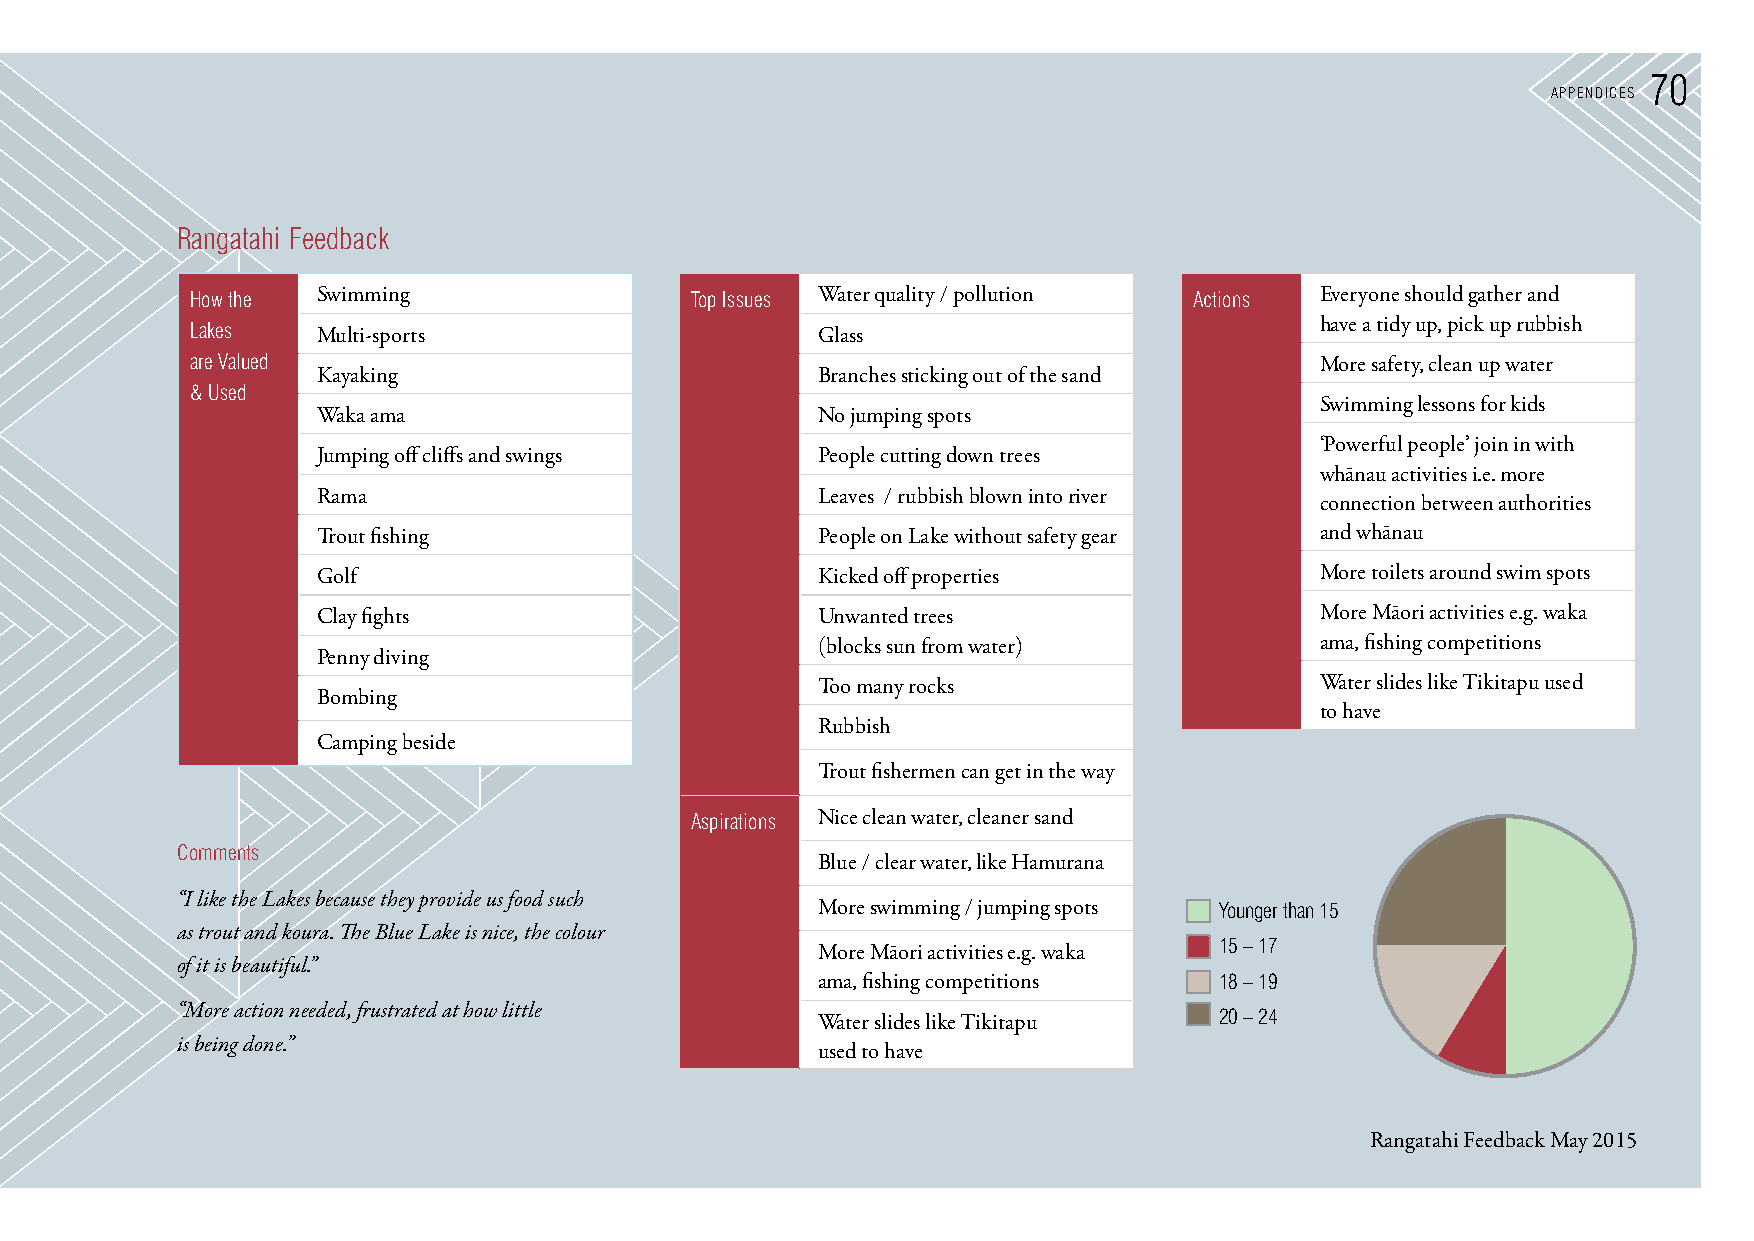
70
 AppendIces
 Rangatahi Feedback
 How the Swimming                 Top Issues Water quality / pollution Actions Everyone should gather and
 have a tidy up, pick up rubbish
 Lakes   Multi-sports                     Glass
 are Valued                                                                More safety, clean up water
 Kayaking                         Branches sticking out of the sand
 & Used
 Swimming lessons for kids
 Waka ama                         No jumping spots
 ‘Powerful people’ join in with
 Jumping off cliffs and swings    People cutting down trees
 whānau activities i.e. more
 Rama                             Leaves / rubbish blown into river
 connection between authorities
 Trout fishing                    People on Lake without safety gear and whānau
 Golf                             Kicked off properties            More toilets around swim spots
 Clay fights                      Unwanted trees                   More Māori activities e.g. waka
 (blocks sun from water)          ama, fishing competitions
 Penny diving
 Too many rocks                   Water slides like Tikitapu used
 Bombing
 to have
 Rubbish
 Camping beside
 Trout fishermen can get in the way
 Aspirations Nice clean water, cleaner sand
 comments
 Blue / clear water, like Hamurana
 “I like the Lakes because they provide us food such
 More swimming / jumping spots Younger than 15
 as trout and koura. The Blue Lake is nice, the colour
 15 – 17
 More Māori activities e.g. waka
 of it is beautiful.”
 ama, fishing competitions  18 – 19
 “More action needed, frustrated at how little Water slides like Tikitapu 20 – 24
 is being done.”                           used to have
 Rangatahi Feedback May 2015